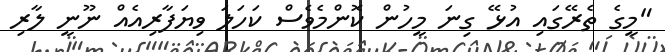
"މީގެ ތެރޭގައި އުޅޭ ގިނަ މީހުން ކޮންމެވެސް ކަހަލަ ވިޔަފާރިއެއް ނޫނީ ލާރި